Madras plague regulations and rules - Volume 2
Disease focus: Plague
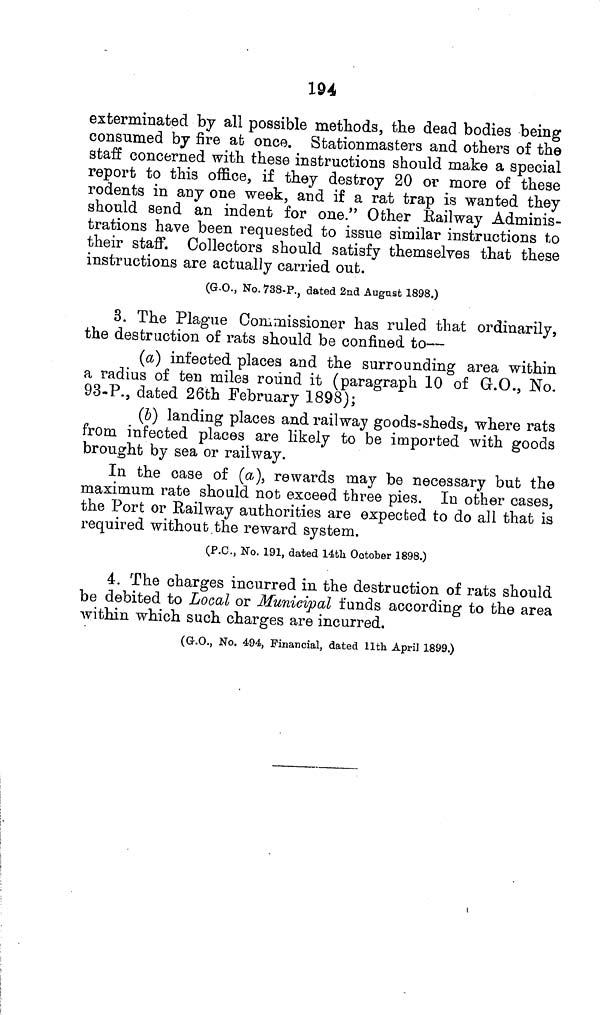
194
exterminated by all possible methods, the dead bodies being
consumed by fire at once. Stationmasters and others of the
staff concerned with these instructions should make a special
report to this office, if they destroy 20 or more of these
rodents in any one week, and if a rat trap is wanted they
should send an indent for one." Other Railway Adminis-
trations have been requested to issue similar instructions to
their staff. Collectors should satisfy themselves that these
instructions are actually carried out.
(G.O., No. 738-P., dated 2nd August 1898.)
3. The Plague Commissioner has ruled that ordinarily,
the destruction of rats should be confined to—
(a) infected places and the surrounding area within
a radius of ten miles round it (paragraph 10 of G.O., No.
93-P., dated 26th February 1898);
(b) landing places and railway goods-sheds, where rats
from infected places are likely to be imported with goods
brought by sea or railway.
In the case of (a), rewards may be necessary but the
maximum rate should not exceed three pies. In other cases,
the Port or Railway authorities are expected to do all that is
required without the reward system.
(P.O., No. 191, dated 14th October 1898.)
4. The charges incurred in the destruction of rats should
be debited to Local or Municipal funds according to the area
within which such charges are incurred.
(G.O., No. 494, Financial, dated 11th April 1899.)